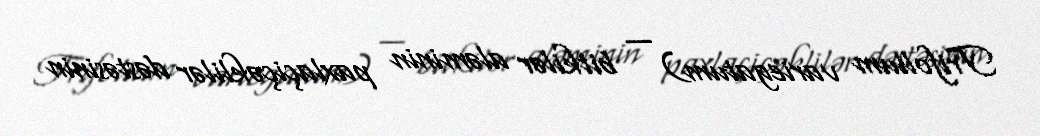
Trifolium variegatum) — bitkilər aləminin paxlaçiçəklilər dəstəsinin